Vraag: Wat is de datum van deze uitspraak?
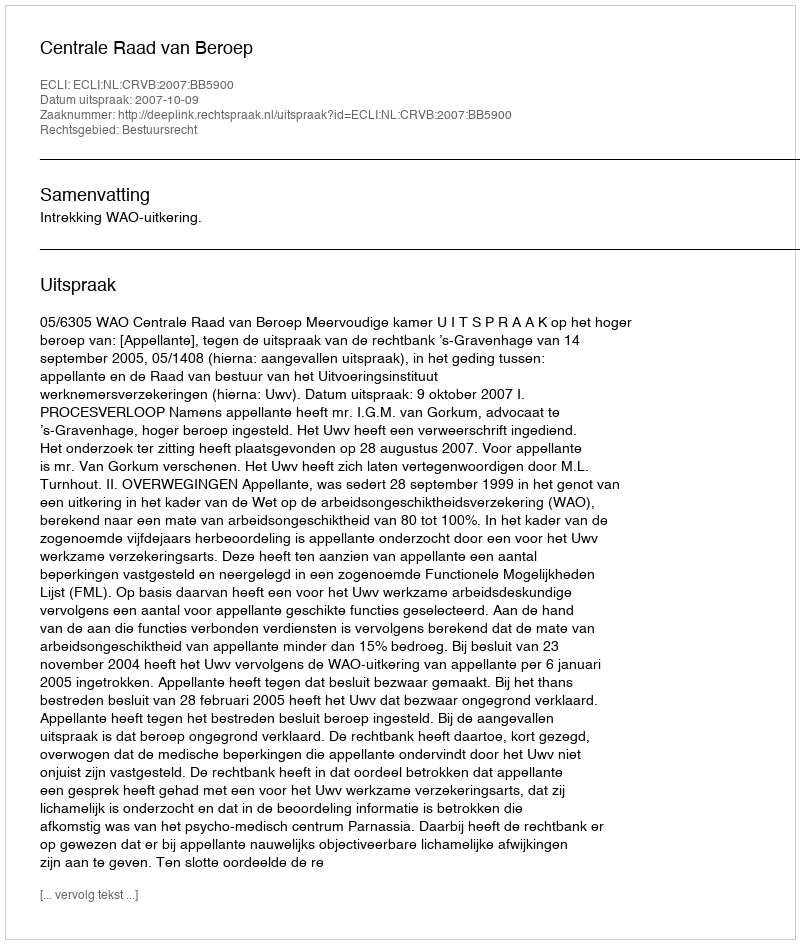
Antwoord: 2007-10-09